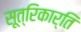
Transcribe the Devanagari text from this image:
सूत्रिकार्ति